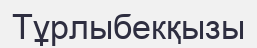
Тұрлыбекқызы